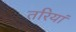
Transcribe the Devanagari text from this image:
तरियां